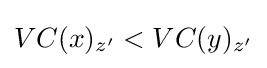
VC(x)_{z'}<VC(y)_{z'}